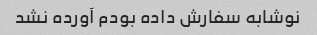
نوشابه سفارش داده بودم آورده نشد